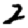
Digit: 2